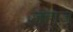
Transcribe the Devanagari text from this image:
ज़हाज़